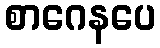
စာဂေနပေ